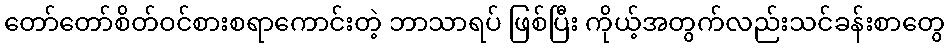
တော်တော်စိတ်ဝင်စားစရာကောင်းတဲ့ ဘာသာရပ် ဖြစ်ပြီး ကိုယ့်အတွက်လည်းသင်ခန်းစာတွေ